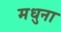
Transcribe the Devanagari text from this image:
मधुना